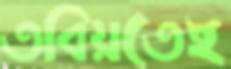
তবিয়তেই